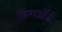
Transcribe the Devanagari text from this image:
किंगजॉर्ज